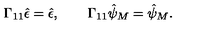
\Gamma _ { 1 1 } \hat { \epsilon } = \hat { \epsilon } , \qquad \Gamma _ { 1 1 } \hat { \psi } _ { M } = \hat { \psi } _ { M } .